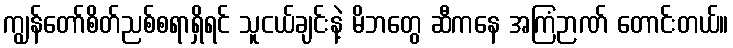
ကျွန်တော်စိတ်ညစ်စရာရှိရင် သူငယ်ချင်းနဲ့ မိဘတွေ ဆီကနေ အကြံဉာဏ် တောင်းတယ်။